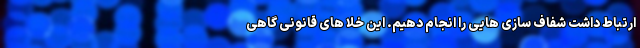
ارتباط داشت شفاف سازی هایی را انجام دهیم. این خلا های قانونی گاهی